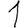
Digit: 1